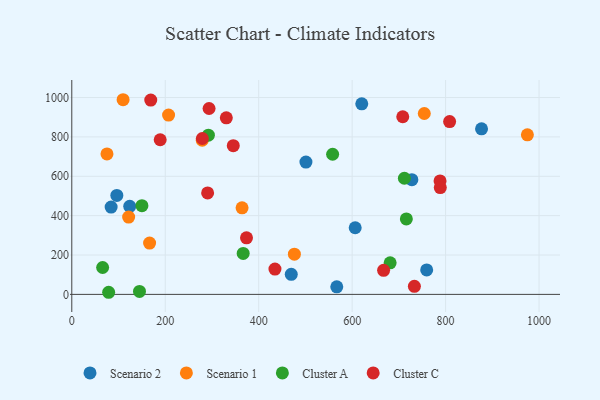
{"axis": {"x": "Distance", "y": "Demand"}, "legend": ["Cluster A", "Cluster C", "Scenario 1", "Scenario 2"], "data": [{"x": "501.1", "y": 672.0, "type": "Scenario 2"}, {"x": "96.4", "y": 503.0, "type": "Scenario 2"}, {"x": "620.6", "y": 968.2, "type": "Scenario 2"}, {"x": "876.9", "y": 841.3, "type": "Scenario 2"}, {"x": "469.7", "y": 101.7, "type": "Scenario 2"}, {"x": "84.2", "y": 443.8, "type": "Scenario 2"}, {"x": "124.0", "y": 447.5, "type": "Scenario 2"}, {"x": "727.8", "y": 582.8, "type": "Scenario 2"}, {"x": "606.5", "y": 338.6, "type": "Scenario 2"}, {"x": "567.1", "y": 38.2, "type": "Scenario 2"}, {"x": "759.5", "y": 124.2, "type": "Scenario 2"}, {"x": "754.4", "y": 918.9, "type": "Scenario 1"}, {"x": "364.4", "y": 439.8, "type": "Scenario 1"}, {"x": "75.3", "y": 713.5, "type": "Scenario 1"}, {"x": "121.7", "y": 392.9, "type": "Scenario 1"}, {"x": "166.5", "y": 260.6, "type": "Scenario 1"}, {"x": "109.8", "y": 989.0, "type": "Scenario 1"}, {"x": "476.4", "y": 204.1, "type": "Scenario 1"}, {"x": "279.2", "y": 783.3, "type": "Scenario 1"}, {"x": "207.1", "y": 911.2, "type": "Scenario 1"}, {"x": "975.0", "y": 810.8, "type": "Scenario 1"}, {"x": "681.3", "y": 160.1, "type": "Cluster A"}, {"x": "150.1", "y": 450.6, "type": "Cluster A"}, {"x": "144.9", "y": 14.9, "type": "Cluster A"}, {"x": "78.9", "y": 10.7, "type": "Cluster A"}, {"x": "558.2", "y": 712.0, "type": "Cluster A"}, {"x": "711.8", "y": 590.0, "type": "Cluster A"}, {"x": "716.0", "y": 383.3, "type": "Cluster A"}, {"x": "66.0", "y": 136.6, "type": "Cluster A"}, {"x": "366.8", "y": 208.3, "type": "Cluster A"}, {"x": "292.3", "y": 808.8, "type": "Cluster A"}, {"x": "733.2", "y": 41.0, "type": "Cluster C"}, {"x": "279.4", "y": 791.9, "type": "Cluster C"}, {"x": "788.1", "y": 576.6, "type": "Cluster C"}, {"x": "667.3", "y": 122.3, "type": "Cluster C"}, {"x": "169.0", "y": 987.1, "type": "Cluster C"}, {"x": "373.9", "y": 287.5, "type": "Cluster C"}, {"x": "808.6", "y": 877.9, "type": "Cluster C"}, {"x": "293.8", "y": 944.4, "type": "Cluster C"}, {"x": "434.8", "y": 128.5, "type": "Cluster C"}, {"x": "330.7", "y": 897.1, "type": "Cluster C"}, {"x": "189.2", "y": 785.7, "type": "Cluster C"}, {"x": "345.6", "y": 755.4, "type": "Cluster C"}, {"x": "708.3", "y": 902.4, "type": "Cluster C"}, {"x": "788.6", "y": 542.9, "type": "Cluster C"}, {"x": "290.7", "y": 515.7, "type": "Cluster C"}]}